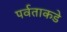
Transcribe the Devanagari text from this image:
पर्वताकडे